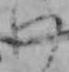
わ